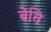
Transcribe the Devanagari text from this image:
बेति